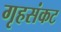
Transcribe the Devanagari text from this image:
गृहसंकट